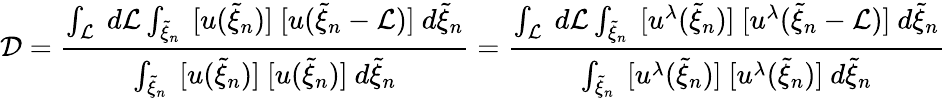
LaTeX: \mathcal{D}=\frac{\int_{\mathcal{L}}~d\mathcal{L}\int_{\widetilde{\xi}_{n}}~[u(\widetilde{\xi}_{n})]~[u(\widetilde{\xi}_{n}-\mathcal{L})]~d\widetilde{\xi}_{n}}{\int_{\widetilde{\xi}_{n}}~[u(\widetilde{\xi}_{n})]~[u(\widetilde{\xi}_{n})]~d\widetilde{\xi}_{n}}=\frac{\int_{\mathcal{L}}~d\mathcal{L}\int_{\widetilde{\xi}_{n}}~[u^{\lambda}(\widetilde{\xi}_{n})]~[u^{\lambda}(\widetilde{\xi}_{n}-\mathcal{L})]~d\widetilde{\xi}_{n}}{\int_{\widetilde{\xi}_{n}}~[u^{\lambda}(\widetilde{\xi}_{n})]~[u^{\lambda}(\widetilde{\xi}_{n})]~d\widetilde{\xi}_{n}}